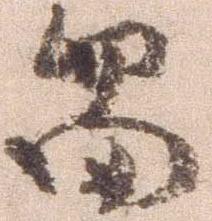
留